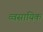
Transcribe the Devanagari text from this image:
व्वसायिक